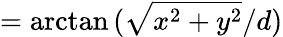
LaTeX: =\arctan{(\sqrt{x^{2}+y^{2}}/d)}